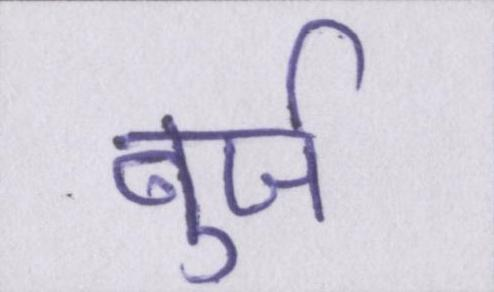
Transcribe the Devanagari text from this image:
बुर्ज